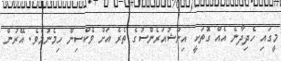
މީގައި ހެދިދާނެ އެއް ގޮތަކީ އިންޝުއަރެންސުގެ ތެރެ އަށް ވެކްސިން ހިމެނުމެވެ. އޭރުން